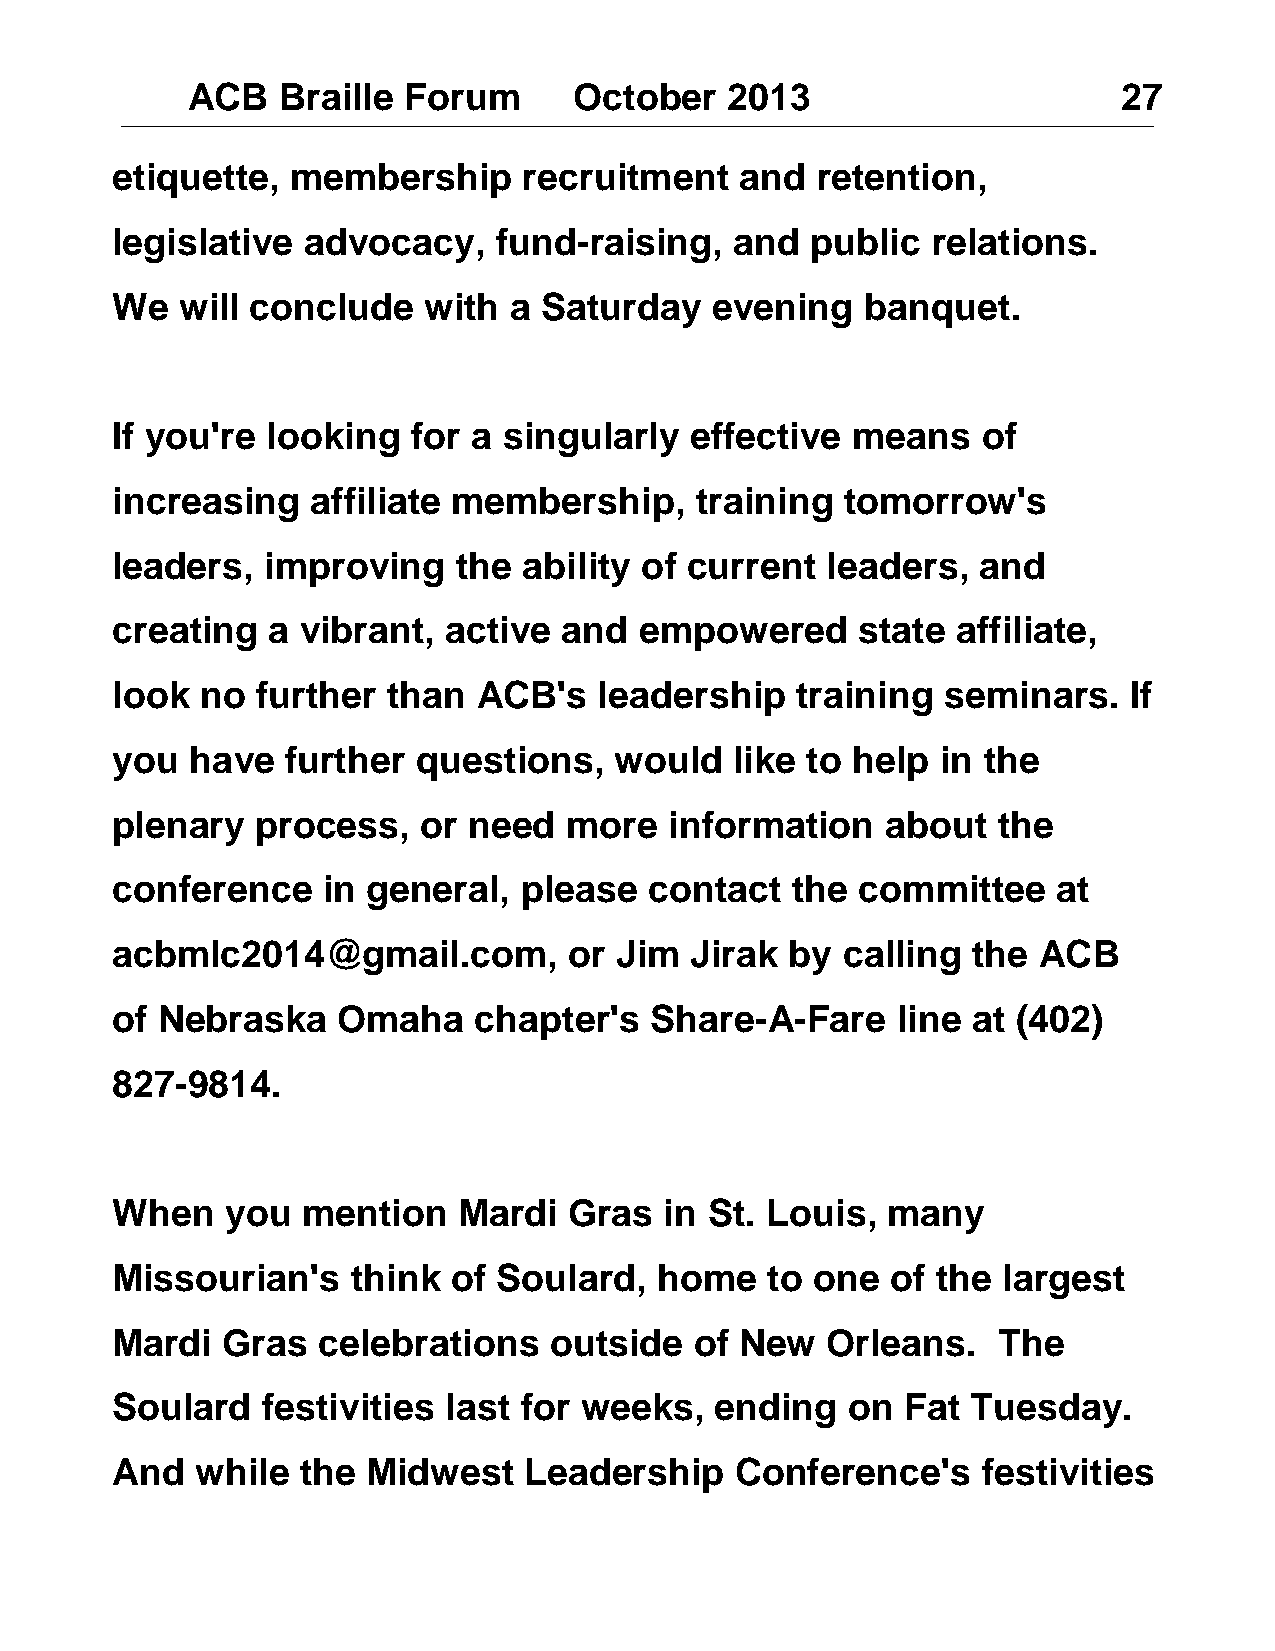
ACB   Braille  Forum      October   2013                      27
 etiquette,  membership      recruitment   and  retention,
 legislative  advocacy,    fund-raising,   and  public  relations.
 We   will conclude   with  a Saturday   evening   banquet.
 If you're  looking  for a singularly   effective means    of
 increasing    affiliate membership,    training  tomorrow's
 leaders,   improving   the  ability of current  leaders,  and
 creating   a vibrant,  active and  empowered      state affiliate,
 look  no  further  than  ACB's   leadership   training  seminars.   If
 you   have  further  questions,   would   like to help in the
 plenary   process,   or need   more  information    about  the
 conference    in general,  please   contact  the  committee    at
 acbmlc2014@gmail.com,          or Jim  Jirak by  calling the  ACB
 of Nebraska    Omaha    chapter's   Share-A-Fare    line at (402)
 827-9814.
 When    you  mention   Mardi   Gras  in St. Louis,  many
 Missourian's    think  of Soulard,   home   to one  of the largest
 Mardi   Gras  celebrations   outside   of New   Orleans.   The
 Soulard   festivities  last for weeks,  ending   on  Fat Tuesday.
 And   while  the Midwest    Leadership    Conference's    festivities